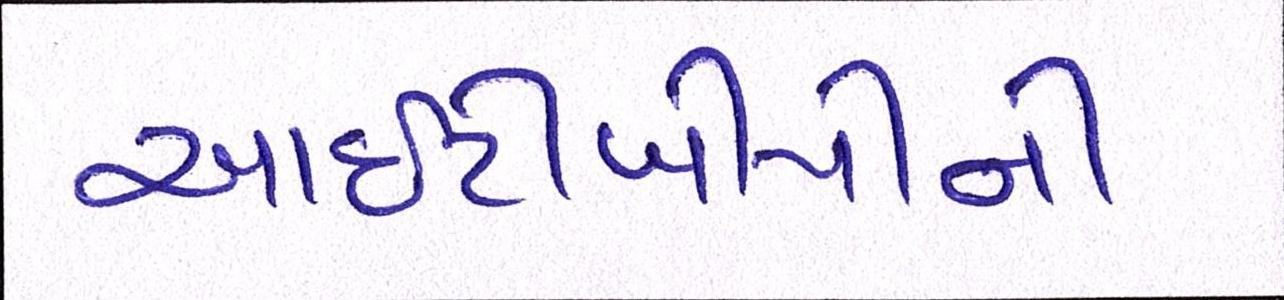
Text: આઇટીબીપીની